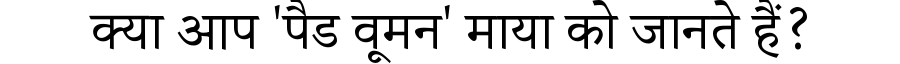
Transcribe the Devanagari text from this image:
क्या आप 'पैड वूमन' माया को जानते हैं?